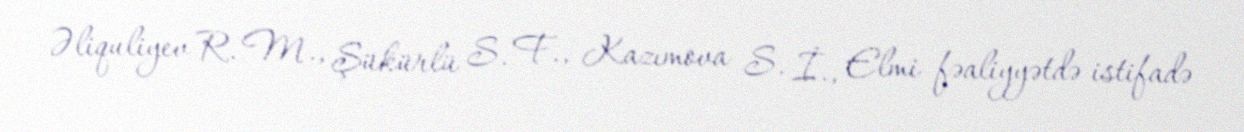
Əliquliyev R. M., Şükürlü S. F., Kazımova S. İ., Elmi fəaliyyətdə istifadə